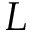
L